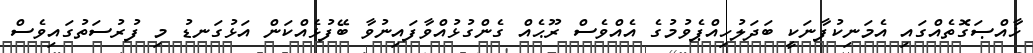
ޚާއްޞަގޮތެއްގައި އެމަނިކުފާނަކީ ބަދަލުހިއްޕެވުމުގެ އެއްވެސް ރޫޙެއް ގެންގުޅުއްވާފައިނުވާ ބޭފުޅެއްކަން އަޅުގަނޑު މި ފުރުސަތުގައިވެސް